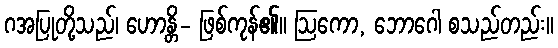
ဂအပြုတို့သည်၊ ဟောန္တိ- ဖြစ်ကုန်၏။ ဩကော, ဘောဂေါ စသည်တည်း။